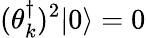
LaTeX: (\theta_{k}^{\dagger})^{2}|0\rangle=0